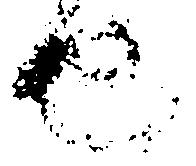
也